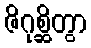
ဇိဂုစ္ဆိတွာ